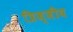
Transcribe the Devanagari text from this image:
त्रिज्जीय